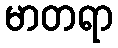
မာတရာ